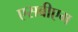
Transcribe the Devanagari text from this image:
एसबीएम